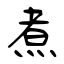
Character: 煮